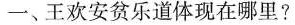
一、王欢安贫乐道体现在哪里？